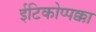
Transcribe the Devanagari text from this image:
ईटिकोप्पक्का